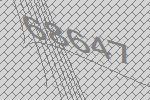
68647